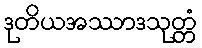
ဒုတိယအဿာဒသုတ္တံ